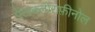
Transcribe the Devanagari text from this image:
पेंटाक्लोराफ़ीनोल